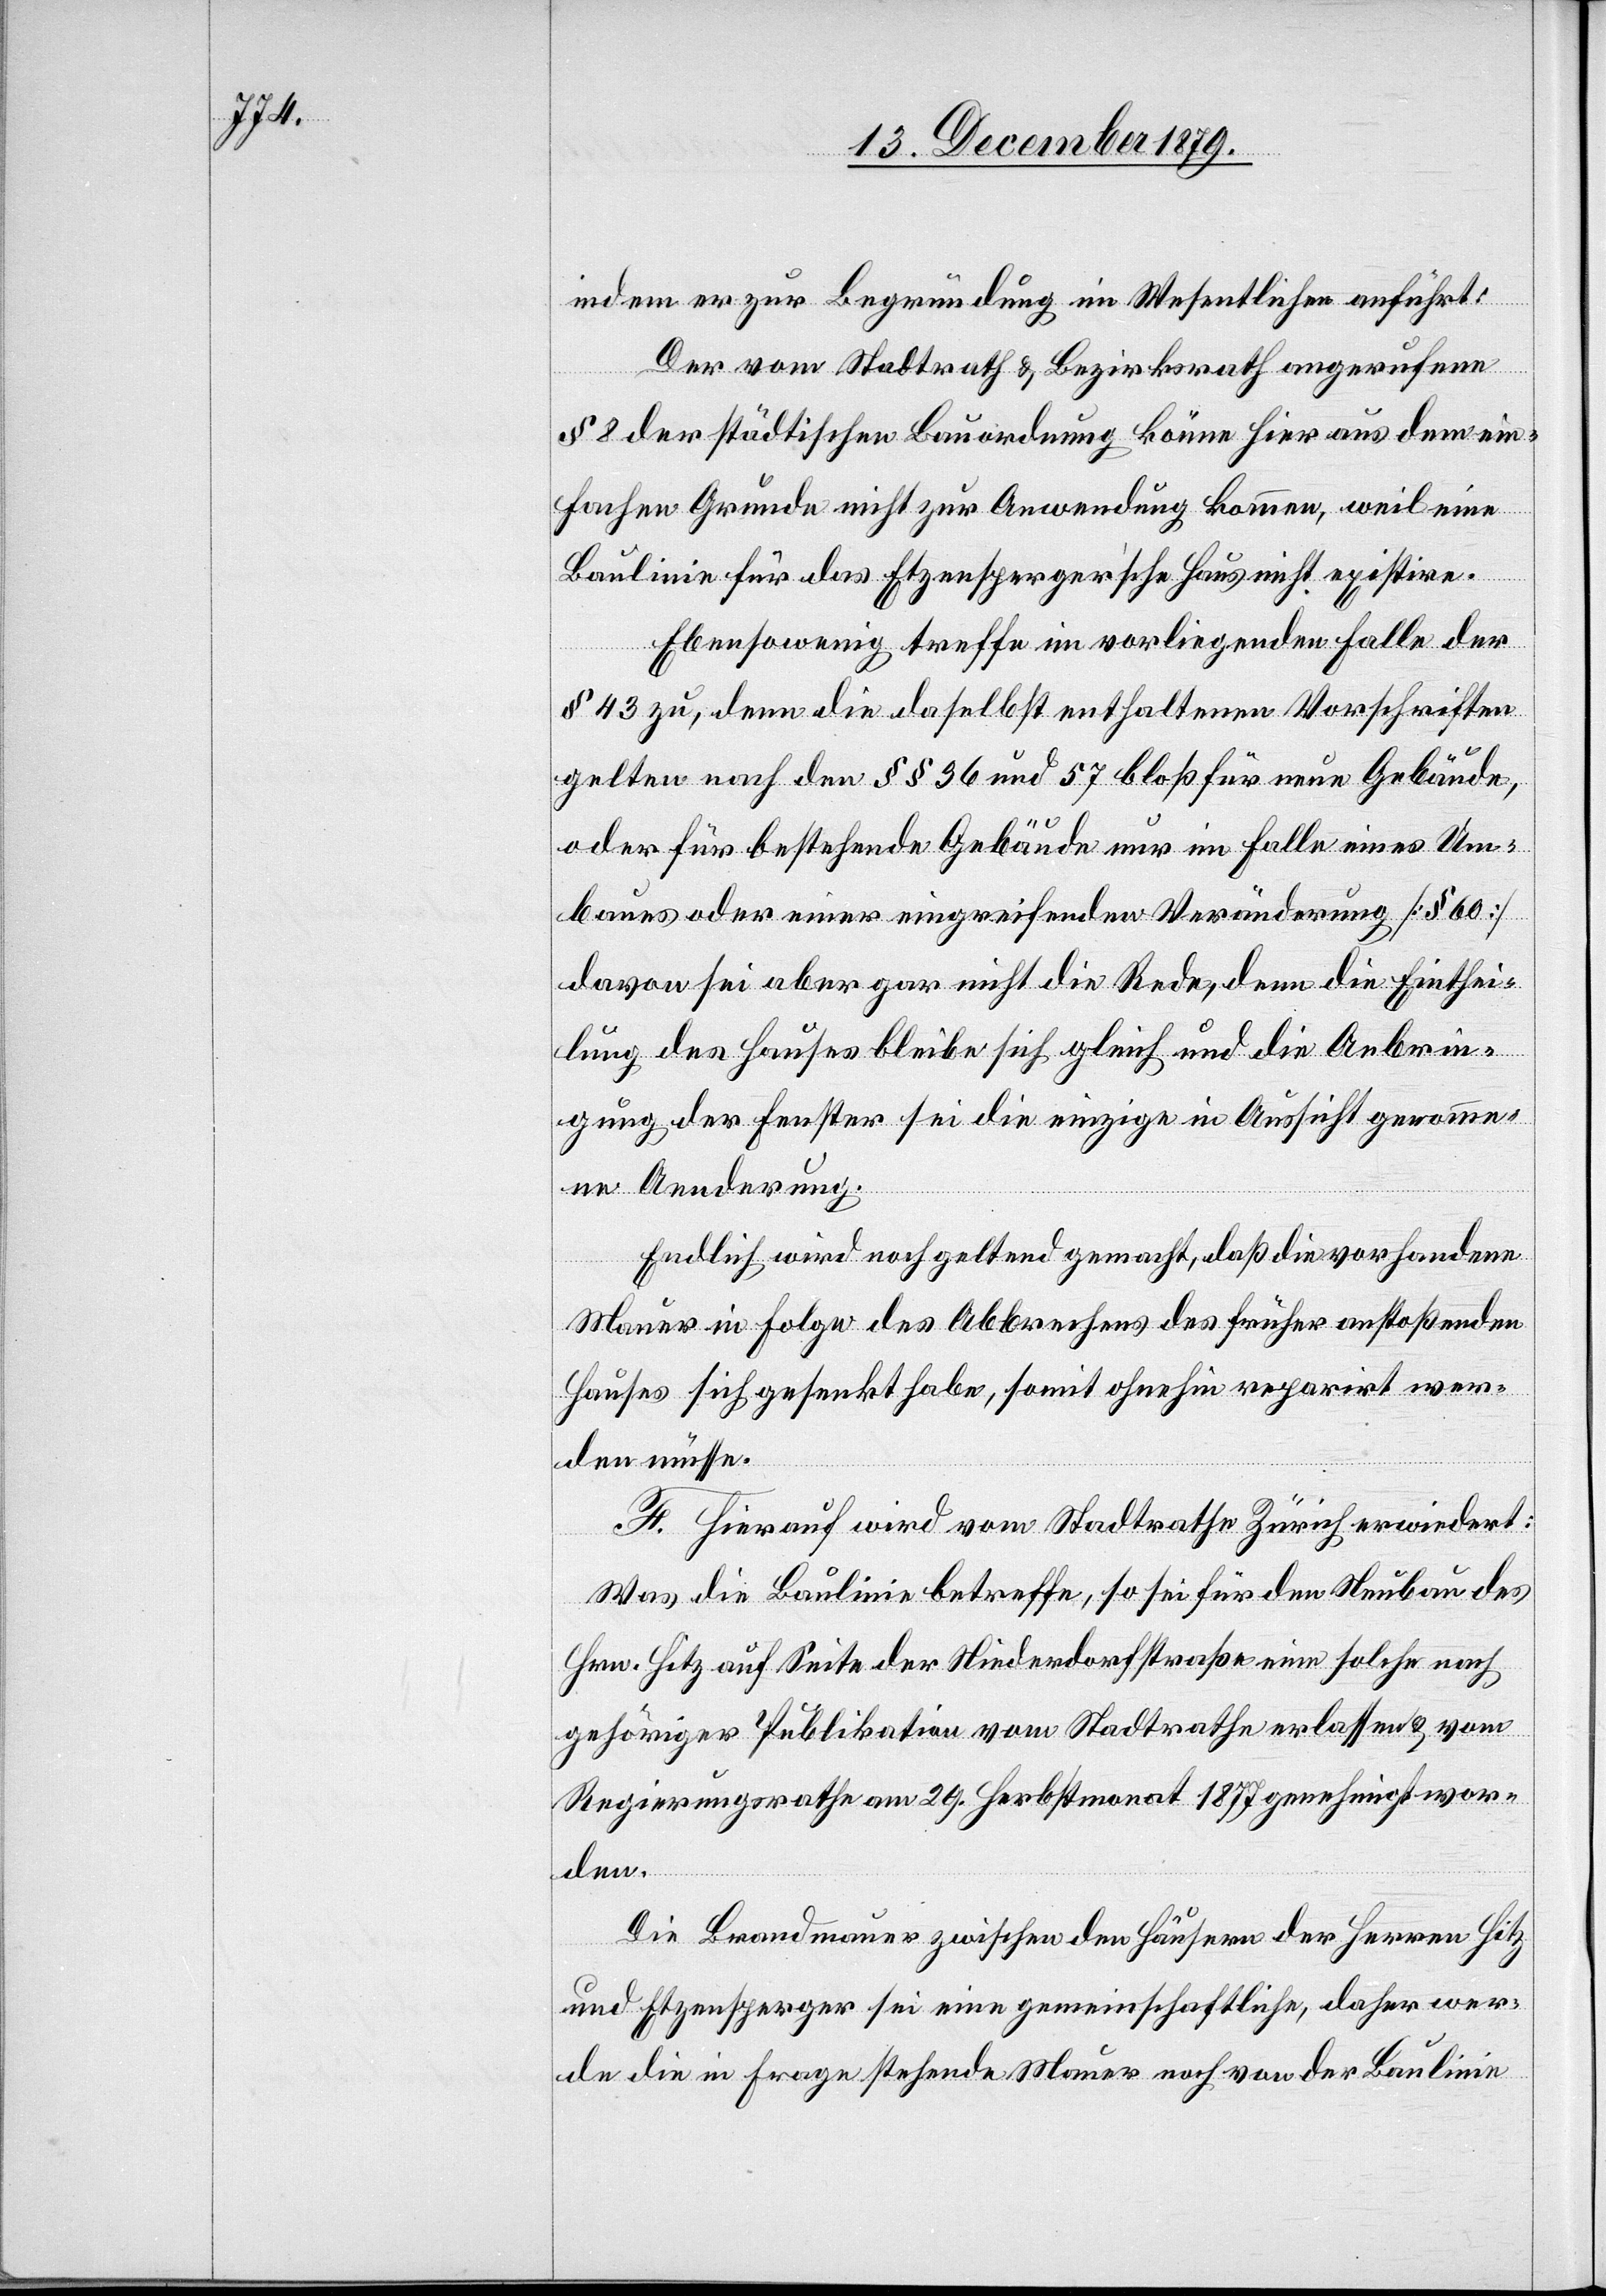
indem er zur Begründung im Wesentlichen anführt:
Der vom Stadtrath & Bezirksrath angerufene
§ 8 der städtischen Bauordnung könne hier aus dem ein¬
fachen Grunde nicht zur Anwendung kommen, weil eine
Baulinie für das Etzensperger’sche Haus nicht existire.
Ebensowenig treffe im vorliegenden Falle der
§ 43 zu, denn die daselbst enthaltenen Vorschriften
gelten nach den §§ 96 und 57 bloß für neue Gebäude,
oder für bestehende Gebäude nur im Falle eines Um¬
baues oder einer eingreifenden Veränderung [§ 60]
davon sei aber gar nicht die Rede, denn die Einthei¬
lung des Hauses bleibe sich gleich und die Anbrin¬
gung der Fenster sei die einzige in Aussicht genomme¬
ne Aenderung.
Endlich wird noch geltend gemacht, daß die vorhandene
Mauer in Folge des Abbrechens des früher anstoßenden
Hauses sich gesenkt habe, somit ohnehin reparirt wer¬
den müsse.
F. Hierauf wird vom Stadtrathe Zürich erwiedert:
Was die Baulinie betreffe, so sei für den Neubau des
Hrn. Hitz auf Seite der Niederdorfstraße eine solche nach
gehöriger Publikation vom Stadtrathe erlassen & vom
Regierungsrathe am 29. Herbstmonat 1877 genehmigt wor¬
den.
Die Brandmauer zwischen den Häusern der Herren Hitz
und Etzensperger sei eine gemeinschaftliche daher wer¬
de die in Frage stehende Mauer noch von der Baulinie